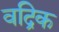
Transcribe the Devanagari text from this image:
वद्रिक